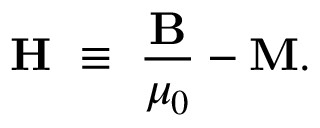
\mathbf { H } \ \equiv \ { \frac { \mathbf { B } } { \mu _ { 0 } } } - \mathbf { M } .